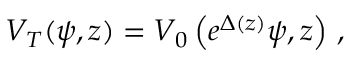
V _ { T } ( \psi , z ) = V _ { 0 } \left( e ^ { \Delta ( z ) } \psi , z \right) \, ,